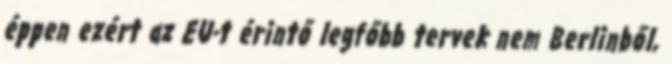
éppen ezért az EU-t érintő legfőbb tervek nem Berlinből,